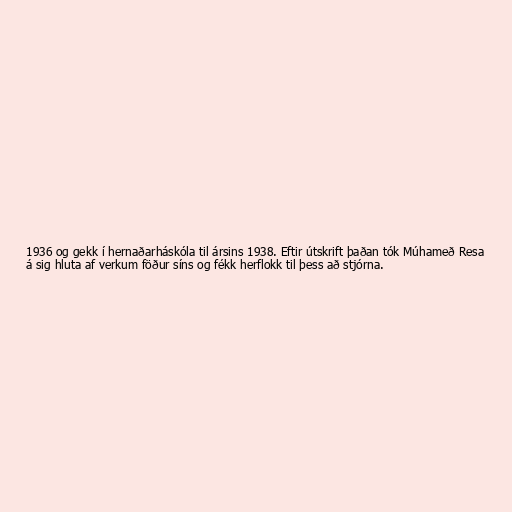
1936 og gekk í hernaðarháskóla til ársins 1938. Eftir útskrift þaðan tók Múhameð Resa
á sig hluta af verkum föður síns og fékk herflokk til þess að stjórna.